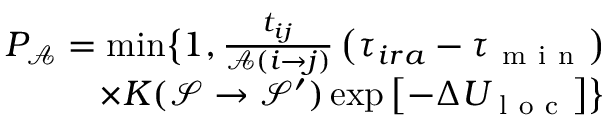
\begin{array} { r } { P _ { \mathcal { A } } = \operatorname* { m i n } \bigr \{ 1 , \frac { t _ { i j } } { \mathcal { A } ( i \rightarrow j ) } \left( \tau _ { i r a } - \tau _ { \mathrm { ~ m ~ i ~ n ~ } } \right) } \\ { \times K ( \mathcal { S } \rightarrow \mathcal { S } ^ { \prime } ) \exp \left[ - \Delta U _ { \mathrm { ~ l ~ o ~ c ~ } } \right] \bigr \} } \end{array}